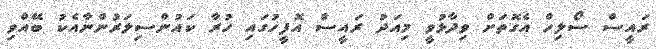
ރައީސް ސޯލިހް އެގޮތަށް ވިދާޅުވީ މިއަދު ރައީސް އޮފީހުގައި ހުރާ ކައުންސިލަރުންނާއެކު ބޭއްވި